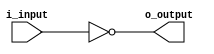
module od_inverter (
    input wire i_input,
    output wire o_output
);

assign o_output = !i_input;

endmodule